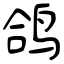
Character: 鸽